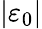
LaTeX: \left\vert\varepsilon_{0}\right\vert